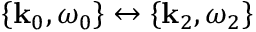
\left\{ \mathbf { k } _ { 0 } , \omega _ { 0 } \right\} \leftrightarrow \left\{ \mathbf { k } _ { 2 } , \omega _ { 2 } \right\}